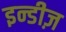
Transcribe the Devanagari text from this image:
इन्डीज़